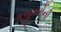
કબૂતરોની